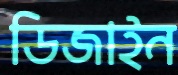
ডিজাইন